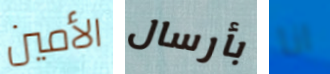
الأمين بأرسال انا